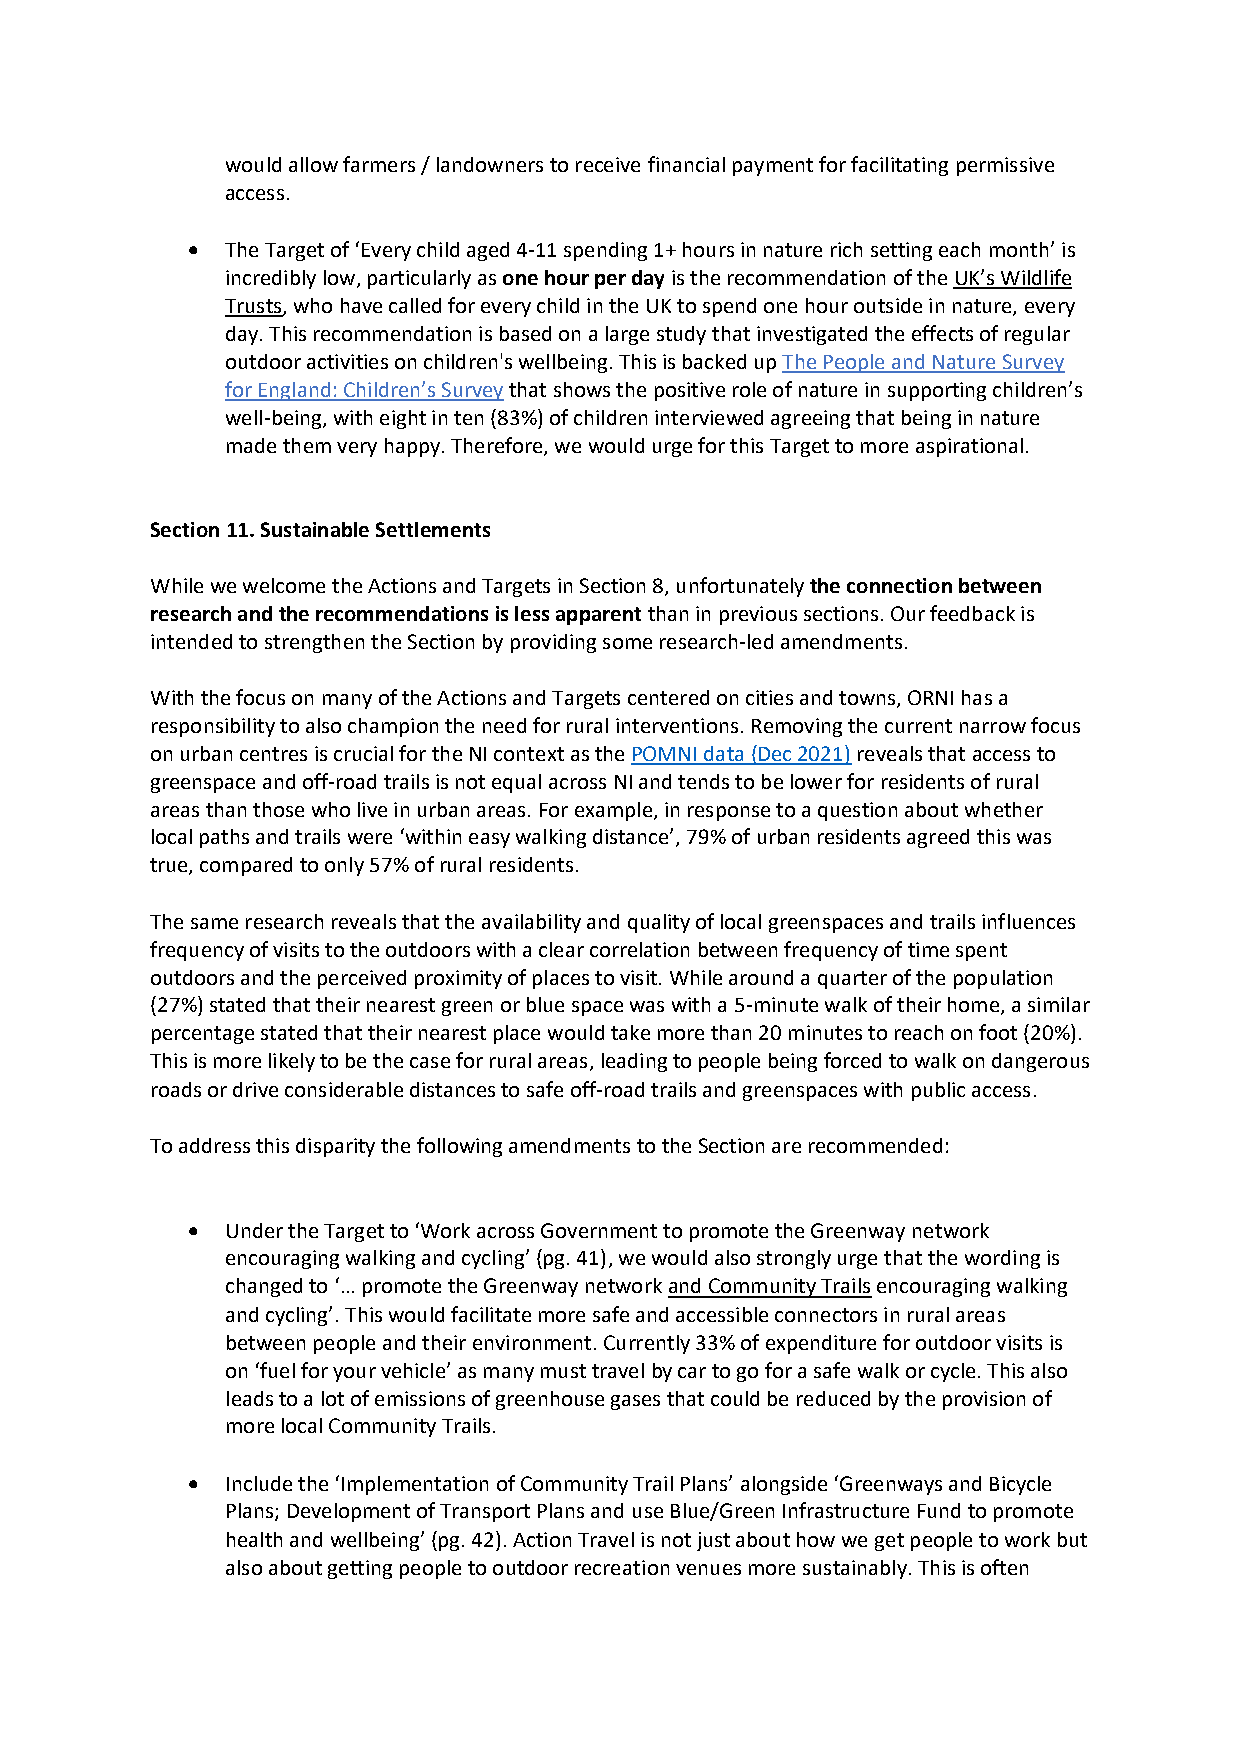
would allow farmers / landowners to receive financial payment for facilitating permissive
 access.
 •  The Target of ‘Every child aged 4-11 spending 1+ hours in nature rich setting each month’ is
 incredibly low, particularly as one hour per day is the recommendation of the UK’s Wildlife
 Trusts, who have called for every child in the UK to spend one hour outside in nature, every
 day. This recommendation is based on a large study that investigated the effects of regular
 outdoor activities on children's wellbeing. This is backed up The People and Nature Survey
 for England: Children’s Survey that shows the positive role of nature in supporting children’s
 well-being, with eight in ten (83%) of children interviewed agreeing that being in nature
 made them very happy. Therefore, we would urge for this Target to more aspirational.
 Section 11. Sustainable Settlements
 While we welcome the Actions and Targets in Section 8, unfortunately the connection between
 research and the recommendations is less apparent than in previous sections. Our feedback is
 intended to strengthen the Section by providing some research-led amendments.
 With the focus on many of the Actions and Targets centered on cities and towns, ORNI has a
 responsibility to also champion the need for rural interventions. Removing the current narrow focus
 on urban centres is crucial for the NI context as the POMNI data (Dec 2021) reveals that access to
 greenspace and off-road trails is not equal across NI and tends to be lower for residents of rural
 areas than those who live in urban areas. For example, in response to a question about whether
 local paths and trails were ‘within easy walking distance’, 79% of urban residents agreed this was
 true, compared to only 57% of rural residents.
 The same research reveals that the availability and quality of local greenspaces and trails influences
 frequency of visits to the outdoors with a clear correlation between frequency of time spent
 outdoors and the perceived proximity of places to visit. While around a quarter of the population
 (27%) stated that their nearest green or blue space was with a 5-minute walk of their home, a similar
 percentage stated that their nearest place would take more than 20 minutes to reach on foot (20%).
 This is more likely to be the case for rural areas, leading to people being forced to walk on dangerous
 roads or drive considerable distances to safe off-road trails and greenspaces with public access.
 To address this disparity the following amendments to the Section are recommended:
 •  Under the Target to ‘Work across Government to promote the Greenway network
 encouraging walking and cycling’ (pg. 41), we would also strongly urge that the wording is
 changed to ‘… promote the Greenway network and Community Trails encouraging walking
 and cycling’. This would facilitate more safe and accessible connectors in rural areas
 between people and their environment. Currently 33% of expenditure for outdoor visits is
 on ‘fuel for your vehicle’ as many must travel by car to go for a safe walk or cycle. This also
 leads to a lot of emissions of greenhouse gases that could be reduced by the provision of
 more local Community Trails.
 •  Include the ‘Implementation of Community Trail Plans’ alongside ‘Greenways and Bicycle
 Plans; Development of Transport Plans and use Blue/Green Infrastructure Fund to promote
 health and wellbeing’ (pg. 42). Action Travel is not just about how we get people to work but
 also about getting people to outdoor recreation venues more sustainably. This is often